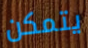
يتمكن